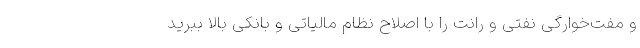
و مفت‌خوارگی نفتی و رانت را با اصلاح نظام مالیاتی و بانکی بالا ببرید